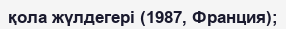
қола жүлдегері (1987, Франция);